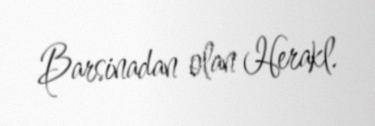
Barsinadan olan Herakl.